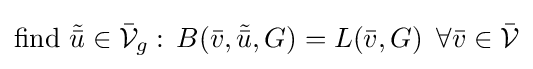
{\text{find }}{\tilde {\bar {u}}}\in {\mathcal {\bar {V}}}_{g}:\,B({\bar {v}},{\tilde {\bar {u}}},G)=L({\bar {v}},G)\,\,\,\forall {\bar {v}}\in {\mathcal {\bar {V}}}